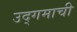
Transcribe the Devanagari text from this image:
उद्‌गमाची